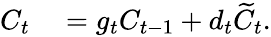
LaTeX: \begin{array}{rl}{C_{t}}&{{}=g_{t}C_{t-1}+d_{t}\widetilde{C}_{t}.}\end{array}